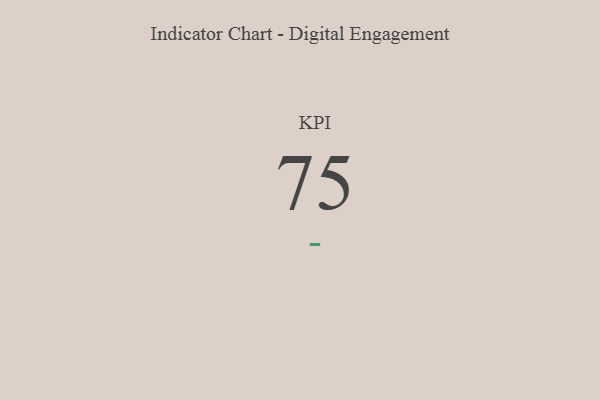
{"axis": {"x": "KPI", "y": "Value"}, "legend": [""], "data": [{"x": "KPI", "y": 75, "type": ""}]}